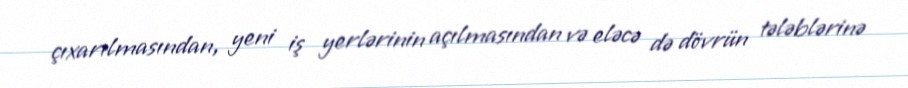
çıxarılmasından, yeni iş yerlərinin açılmasından və eləcə də dövrün tələblərinə